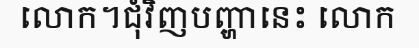
លោក។ជុំវិញបញ្ហានេះ លោក